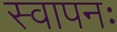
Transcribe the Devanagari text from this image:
स्वापनः